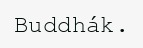
Buddhák.